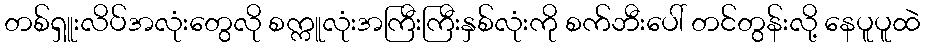
တစ်ရှူးလိပ်အလုံးတွေလို စက္ကူလုံးအကြီးကြီးနှစ်လုံးကို စက်ဘီးပေါ် တင်တွန်းလို့ နေပူပူထဲ